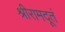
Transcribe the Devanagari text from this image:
श्रीरामदूतं